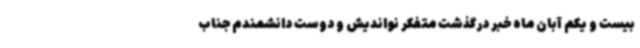
بیست و یکم آبان ماه خبر درگذشت متفکر نواندیش و دوست دانشمندم جناب